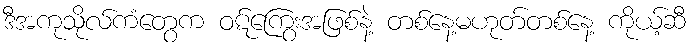
ဒီအကုသိုလ်ကံတွေက ဝဋ်ကြွေးအဖြစ်နဲ့ တစ်နေ့မဟုတ်တစ်နေ့ ကိုယ့်ဆီ